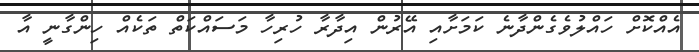
އެއްކޮށް ހައްލުވެގެންދާނެ ކަމަށާއި އޭރުން އިދާރާ ހުރިހާ މަސައްކަތް ތަކެއް ހިންގާނީ އާ